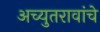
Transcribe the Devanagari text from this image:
अच्युतरावांचे